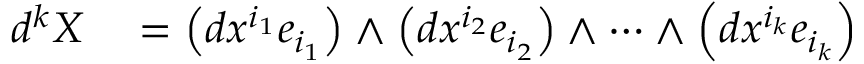
\begin{array} { r l } { d ^ { k } X } & { { } = \left( d x ^ { i _ { 1 } } e _ { i _ { 1 } } \right) \wedge \left( d x ^ { i _ { 2 } } e _ { i _ { 2 } } \right) \wedge \cdots \wedge \left( d x ^ { i _ { k } } e _ { i _ { k } } \right) } \end{array}